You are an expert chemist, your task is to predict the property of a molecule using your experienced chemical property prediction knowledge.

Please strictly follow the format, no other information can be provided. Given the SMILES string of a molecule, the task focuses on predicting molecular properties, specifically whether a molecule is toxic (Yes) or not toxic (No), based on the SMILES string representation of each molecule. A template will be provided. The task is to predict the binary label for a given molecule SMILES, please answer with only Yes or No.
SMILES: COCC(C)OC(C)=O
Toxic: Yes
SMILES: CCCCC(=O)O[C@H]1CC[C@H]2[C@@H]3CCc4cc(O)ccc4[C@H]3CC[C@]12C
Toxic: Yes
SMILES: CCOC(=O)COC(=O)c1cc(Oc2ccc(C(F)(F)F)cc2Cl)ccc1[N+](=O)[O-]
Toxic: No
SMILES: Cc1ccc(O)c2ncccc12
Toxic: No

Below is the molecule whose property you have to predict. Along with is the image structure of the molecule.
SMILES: CCCCCCCCCCCCCCCCCC[N+](C)(C)C
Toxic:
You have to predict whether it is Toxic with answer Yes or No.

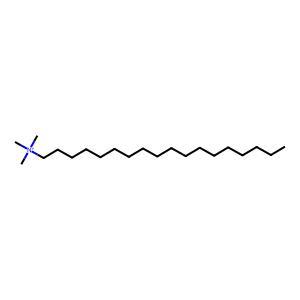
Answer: No